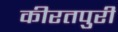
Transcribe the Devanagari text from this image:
कीरतपुरी